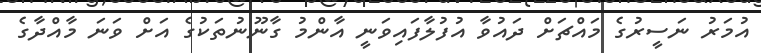
އުމަރު ނަސީރުގެ މައްޗަށް ދައުވާ އުފުލާފައިވަނީ އާންމު ގާނޫނުތަކުގެ އަށް ވަނަ މާއްދާގެ